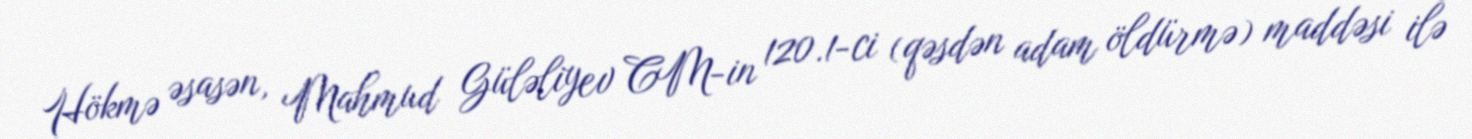
Hökmə əsasən, Mahmud Güləliyev CM-in 120.1-ci (qəsdən adam öldürmə) maddəsi ilə